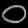
Digit: ၀